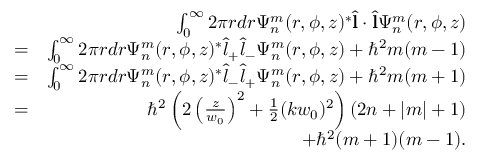
\begin{array} { r l r } & { } & { \int _ { 0 } ^ { \infty } 2 \pi r d r \Psi _ { n } ^ { m } ( r , \phi , z ) ^ { * } \hat { \bf l } \cdot \hat { \bf l } \Psi _ { n } ^ { m } ( r , \phi , z ) } \\ & { = } & { \int _ { 0 } ^ { \infty } 2 \pi r d r \Psi _ { n } ^ { m } ( r , \phi , z ) ^ { * } \hat { l } _ { + } \hat { l } _ { - } \Psi _ { n } ^ { m } ( r , \phi , z ) + \hbar ^ { 2 } m ( m - 1 ) } \\ & { = } & { \int _ { 0 } ^ { \infty } 2 \pi r d r \Psi _ { n } ^ { m } ( r , \phi , z ) ^ { * } \hat { l } _ { - } \hat { l } _ { + } \Psi _ { n } ^ { m } ( r , \phi , z ) + \hbar ^ { 2 } m ( m + 1 ) } \\ & { = } & { \hbar ^ { 2 } \left( 2 \left( \frac { z } { w _ { 0 } } \right) ^ { 2 } + \frac { 1 } { 2 } ( k w _ { 0 } ) ^ { 2 } \right) ( 2 n + | m | + 1 ) } \\ & { } & { + \hbar ^ { 2 } ( m + 1 ) ( m - 1 ) . } \end{array}